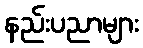
နည်းပညာများ